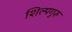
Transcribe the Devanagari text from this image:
शिल्पगुरु